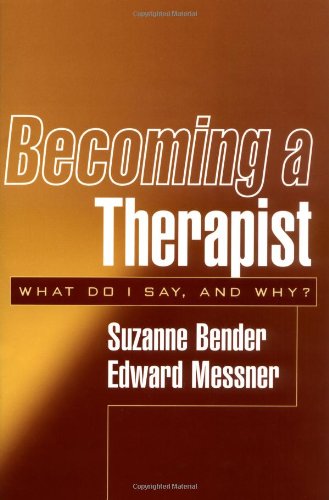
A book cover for Becoming a Therapist: What Do I Say, and Why?; Suzanne Bender MD; Medical Books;